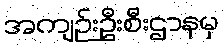
အကျဉ်းဦးစီးဌာနမှ